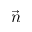
\vec { n }